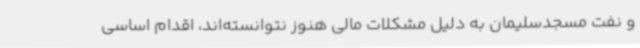
و نفت مسجدسلیمان به دلیل مشکلات مالی هنوز نتوانسته‌اند، اقدام اساسی